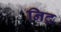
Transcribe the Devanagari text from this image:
निद्र